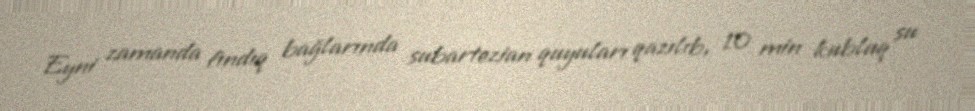
Eyni zamanda fındıq bağlarında subartezian quyuları qazılıb, 10 min kubluq su